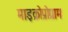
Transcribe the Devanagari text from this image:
माइक्रोप्रोग्राम